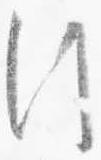
行